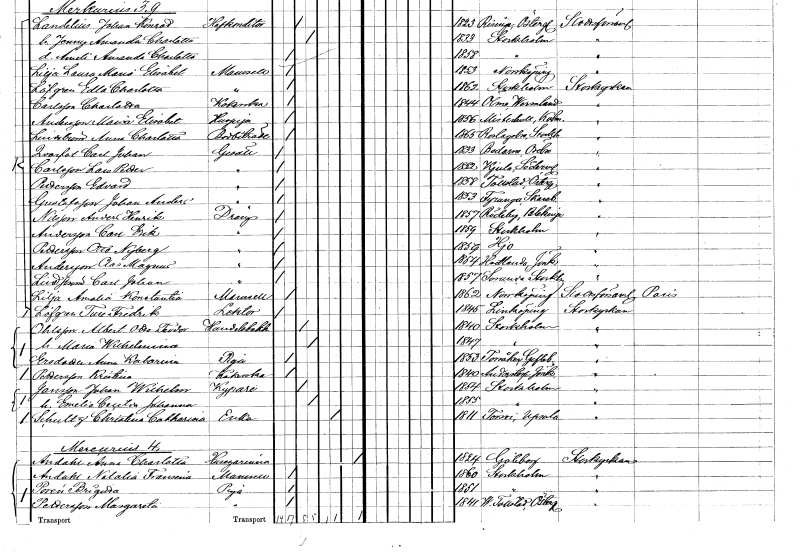
gt_parse: households: individuals: FN: Anna Charlotta
EN: Lindström
YRKE: Bodbiträde
KON: K
CIV: O
FODAR: 1865
FODFORS: Roslags-Bro Stockholms län
FN: Carl Johan
EN: Qvarfot
YRKE: Gesäll
KON: M
CIV: O
FODAR: 1833
FODFORS: Bodarne Örebro län
FN: Lars Petter
EN: Carlsson
YRKE: Gesäll
KON: M
CIV: O
FODAR: 1852
FODFORS: Kjula Södermanlands län
FN: Edvard
EN: Pettersson
YRKE: Gesäll
KON: M
CIV: O
FODAR: 1858
FODFORS: Tollstad Östergötlands län
FN: Johan Anders
EN: Gustafsson
YRKE: Gesäll
KON: M
CIV: O
FODAR: 1853
FODFORS: Fyrunga Skaraborgs län
FN: Anders Henrik
EN: Nilsson
YRKE: Dräng
KON: M
CIV: O
FODAR: 1857
FODFORS: Rödeby Blekinge län
FN: Carl Erik
EN: Andersson
YRKE: Dräng
KON: M
CIV: O
FODAR: 1859
FODFORS: Stockholm
FN: Otto
EN: Pettersson Nyberg
YRKE: Dräng
KON: M
CIV: O
FODAR: 1859
FODFORS: Hjo Skaraborgs län
FN: Clas Magnus
EN: Andersson
YRKE: Dräng
KON: M
CIV: O
FODAR: 1854
FODFORS: Vetlanda Jönköpings län
FN: Carl Johan
EN: Lindström
YRKE: Dräng
KON: M
CIV: O
FODAR: 1857
FODFORS: Sorunda Södermanlands län
FN: Amalia Konstantia
EN: Lilja
KON: K
CIV: O
FODAR: 1862
FODFORS: Norrköping Östergötlands län
FN: Ture Fredrik
EN: Löfgren
YRKE: Lektor
KON: M
CIV: O
FODAR: 1845
FODFORS: Linköping Östergötlands län
FN: Albert Otto Teodor
EN: Ohlsson
YRKE: Handelsbokhållare
KON: M
CIV: G
FODAR: 1840
FODFORS: Stockholm
FN: Maria Wilhelmina
KON: K
CIV: G
FODAR: 1847
FODFORS: Stockholm
FN: Anna Katarina
EN: Ersdotter
YRKE: Piga
KON: K
CIV: O
FODAR: 1853
FODFORS: Torsåker Gävleborgs län
FN: Kristina
EN: Pettersson
YRKE: Kokerska
KON: K
CIV: O
FODAR: 1840
FODFORS: Anderstorp Jönköpings län
FN: Johan Wilhelm
EN: Jansson
YRKE: Kypare
KON: M
CIV: G
FODAR: 1854
FODFORS: Stockholm
FN: Emelia Cecilia Johanna
KON: K
CIV: O
FODAR: 1855
FODFORS: Stockholm
FN: Christina Catharina
EN: Schultz
YRKE: Änka
KON: K
CIV: E
FODAR: 1811
FODFORS: Torsvi Uppsala län
FN: Anna Charlotta
EN: Andahl
YRKE: Husägarinna
KON: K
CIV: X
FODAR: 1824
FODFORS: Göteborg Göteborgs- och Bohuslän
FN: Natalia Fransina
EN: Andahl
KON: K
CIV: O
FODAR: 1860
FODFORS: Stockholm
FN: Brigitta
EN: Porén
YRKE: Piga
KON: K
CIV: O
FODAR: 1851
FODFORS: Stockholm
FN: Margareta
EN: Pettersson
YRKE: Piga
KON: K
CIV: O
FODAR: 1841
FODFORS: Västra Tollstad Östergötlands län